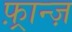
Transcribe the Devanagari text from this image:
फ़्रान्ज़